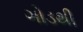
ગોડથી